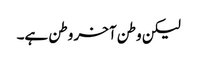
لیکن وطن آخر وطن ہے۔